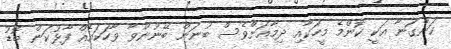
ކަންގަނާ އަކީ ކޮންމެ މީހަކާއި ދިމާއަށްވެސް ބުނަން ބޭނުންވާ ވާހަކައެއް ފާޅުކަން ބޮޑު